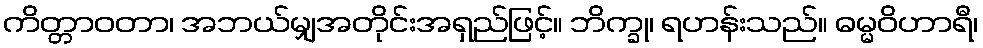
ကိတ္တာဝတာ၊ အဘယ်မျှအတိုင်းအရှည်ဖြင့်။ ဘိက္ခု၊ ရဟန်းသည်။ ဓမ္မဝိဟာရီ၊